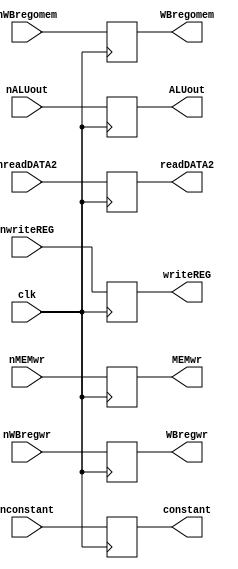
`timescale 1ns / 1ps
module EX_MEM(
nWBregwr,nWBregomem,nMEMwr, nconstant,nwriteREG,nALUout,clk,
WBregwr,WBregomem,MEMwr, constant,writeREG, ALUout,nreadDATA2,readDATA2);
input nWBregwr,nWBregomem,nMEMwr,clk;
input [7:0]nconstant,nALUout,nreadDATA2;
input [2:0]nwriteREG;

output reg WBregwr,WBregomem,MEMwr;
output reg [7:0]constant, ALUout,readDATA2;
output reg [2:0]writeREG;


always@(posedge clk)
begin
	WBregwr<=nWBregwr;
	WBregomem<=nWBregomem;
	MEMwr<=nMEMwr;
	ALUout<=nALUout;
	constant<=nconstant;
	writeREG<=nwriteREG;
	readDATA2<=nreadDATA2;
end

endmodule